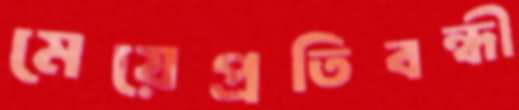
মেয়েপ্রতিবন্ধী